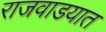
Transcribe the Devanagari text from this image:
राजवाडयात